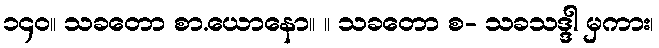
၁၄၀။ သခတော စာ.ယောနော။ ။ သခတော စ- သခသဒ္ဒါ မှကား၊